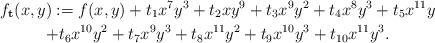
LaTeX: \begin{gather*} f_{\mathbf{t}}(x,y):=f(x,y)+t_1 x^7 y^3 + t_2 x y^9 + t_3 x^9 y^2 + t_4 x^8 y^3 + t_5 x^{11} y \\+ t_6 x^{10} y^2 + t_7 x^9 y^3 + t_8 x^{11} y^2 + t_9 x^{10} y^3 + t_{10} x^{11} y^3.\end{gather*}